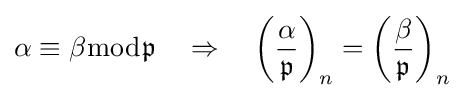
\alpha \equiv \beta {\bmod {\mathfrak {p}}}\quad \Rightarrow \quad \left({\frac {\alpha }{\mathfrak {p}}}\right)_{n}=\left({\frac {\beta }{\mathfrak {p}}}\right)_{n}